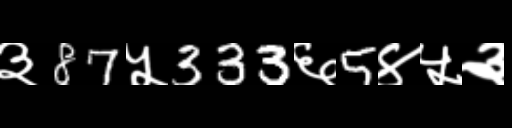
Text: ३87५333६5४५३